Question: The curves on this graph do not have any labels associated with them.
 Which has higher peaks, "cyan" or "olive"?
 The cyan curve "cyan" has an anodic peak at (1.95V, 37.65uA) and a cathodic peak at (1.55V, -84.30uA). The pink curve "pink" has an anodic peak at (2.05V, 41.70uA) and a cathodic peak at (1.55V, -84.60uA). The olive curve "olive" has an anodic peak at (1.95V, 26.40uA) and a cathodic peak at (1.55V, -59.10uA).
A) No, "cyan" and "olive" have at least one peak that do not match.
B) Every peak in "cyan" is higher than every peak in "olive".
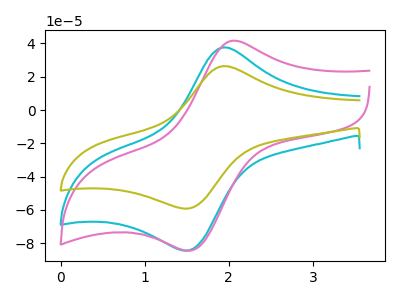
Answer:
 <answer>B) Every peak in "cyan" is higher than every peak in "olive".</answer>
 <eval>B</eval>